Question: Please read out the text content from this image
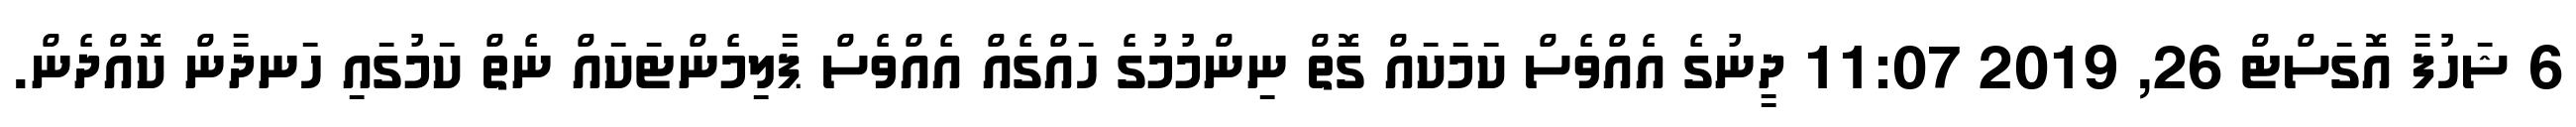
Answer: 6 ޝަހުފާ އޮގަސްޓް 26, 2019 11:07 ދީނުގެ އެއްވެސް ކަމަކައް ގޮތް ނިންމުމުގެ ހައްގެއް އެއްވެސް ޕާލިމެންޓަކައް ނެތް ކަމުގައި ހަނދާން ކޮއްދެން.